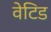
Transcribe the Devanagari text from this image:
वेटिड